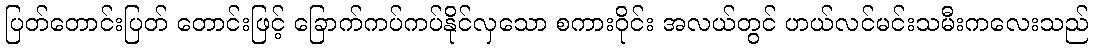
ပြတ်တောင်းပြတ် တောင်းဖြင့် ခြောက်ကပ်ကပ်နိုင်လှသော စကားဝိုင်း အလယ်တွင် ဟယ်လင်မင်းသမီးကလေးသည်